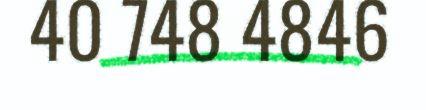
40 748 4846